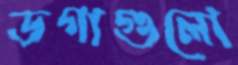
ডগাগুলো